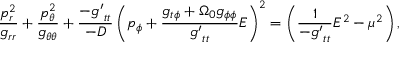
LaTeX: \frac { p _ { r } ^ { 2 } } { g _ { r r } } + \frac { p _ { \theta } ^ { 2 } } { g _ { \theta \theta } } + \frac { - { g ^ { \prime } } _ { t t } } { - \cal D } \left( p _ { \phi } + \frac { g _ { t \phi } + \Omega _ { 0 } g _ { \phi \phi } } { { g ^ { \prime } } _ { t t } } E \right) ^ { 2 } = \left( \frac { 1 } { - { g ^ { \prime } } _ { t t } } E ^ { 2 } - \mu ^ { 2 } \right) ,